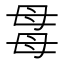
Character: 𣫯